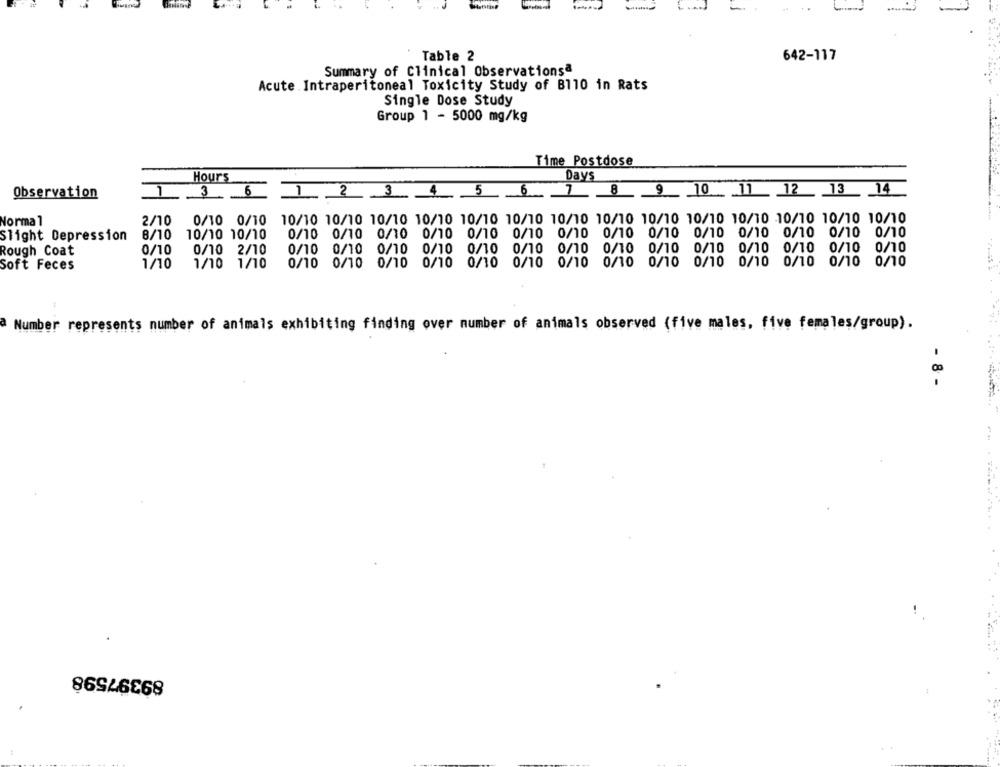
Table 2
642-117
Summary of Clinical Observationsª
Acute Intraperitoneal Toxicity Study of B110 in Rats
Single Dose Study
Group 1 - 5000 mg/kg
Time Postdose
Days
Hours
Observation
36
12 3 4 5 6 7 8 9 10 11 12 13 14
Normal
2/10
0/10 0/10
10/10 10/10 10/10 10/10 10/10 10/10 10/10 10/10 10/10 10/10 10/10 10/10 10/10 10/10
Slight Depression
8/10 10/10 10/10
0/10 0/10 0/10 0/10 0/10 0/10 0/10 0/10 0/10 0/10 0/10 0/10 0/10 0/10
Rough Coat
0/10
0/10 2/10
0/10 0/10 0/10
0/10 0/10 0/10
0/10 0/10 0/10 0/10 0/10
0/10 0/10
0/10
Soft Feces
1/10
1/10 1/10
0/10 0/10 0/10 0/10 0/10 0/10 0/10 0/10 0/10 0/10 0/10 0/10 0/10 0/10
Number represents number of animals exhibiting finding over number of animals observed (five males, five females/group).
.. ....
- 8 -
89397598